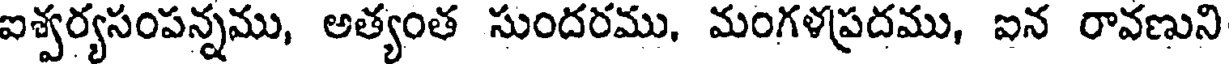
ఐశ్వర్యసంపన్నము, అత్యంత సుందరము, మంగళప్రదము, ఐన రావణుని